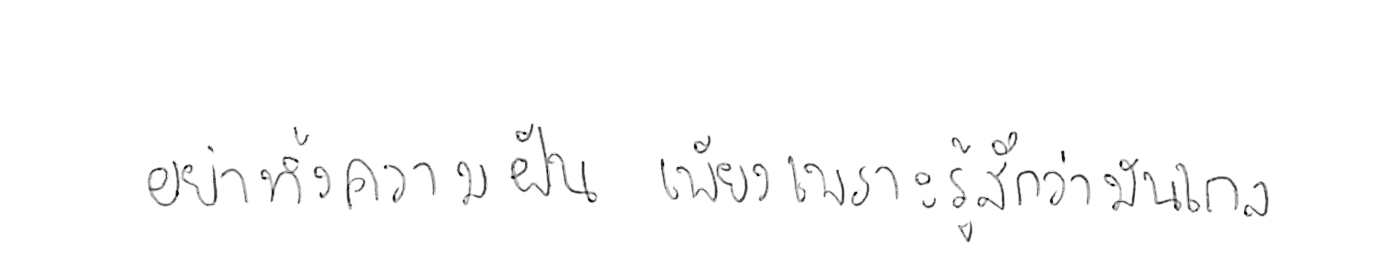
อย่าทิ้งความฝัน เพียงเพราะรู้สึกว่ามันไกล